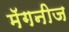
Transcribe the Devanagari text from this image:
मॅगनीज